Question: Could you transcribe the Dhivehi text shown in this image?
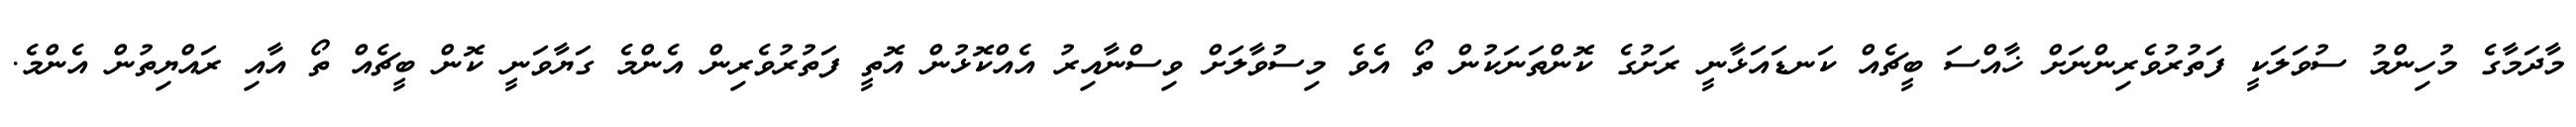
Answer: މާދަމާގެ މުހިންމު ސުވަލަކީ ފަތުރުވެރިންނަށް ޚާއްސަ ބީޗެއް ކަނޑައަޅާނީ ރަށުގެ ކޮންތަނަކުން ތޯ އެވެ މިސުވާލަށް ވިސްނާއިރު އެއްކޮޅުން އޮތީ ފަތުރުވެރިން އެންމެ ގަޔާވަނީ ކޮން ބީޗެއް ތޯ އާއި ރައްޔިތުން އެންމެ.